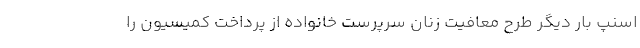
اسنپ بار دیگر طرح معافیت زنان سرپرست خانواده از پرداخت کمیسیون را